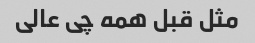
مثل قبل همه چی عالی